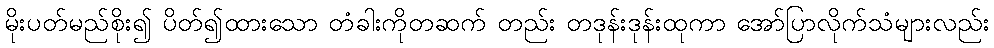
မိုးပတ်မည်စိုး၍ ပိတ်၍ထားသော တံခါးကိုတဆက် တည်း တဒုန်းဒုန်းထုကာ အော်ပြာလိုက်သံများလည်း